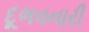
દૂભવનારી